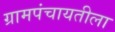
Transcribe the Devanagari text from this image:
ग्रामपंचायतीला